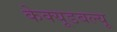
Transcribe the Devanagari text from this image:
केक्यूडबल्यू